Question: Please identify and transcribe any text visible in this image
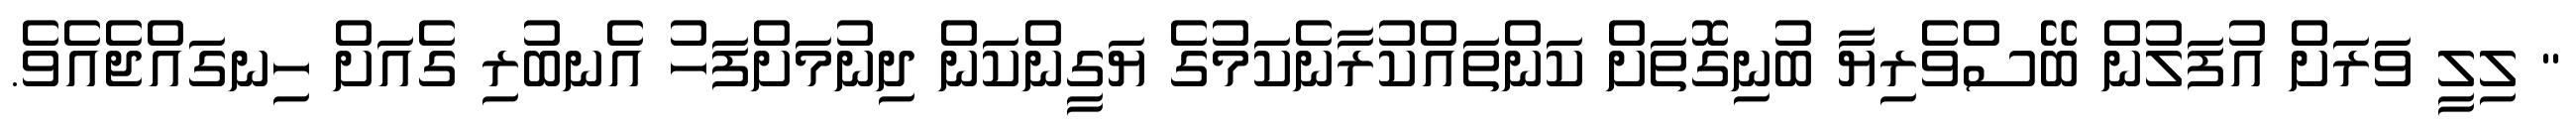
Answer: " ލިލީ ވަރަށް އުފަލުން ބޭސްވެރިޔާ ބުނިގޮތަށް ކަންތައްކުރާނެކަމުގެ ޔަގީންކަން ދިނުމަށްފަހު އެނބުރި ގެއަށް ހިނގައްޖެއެވެ.